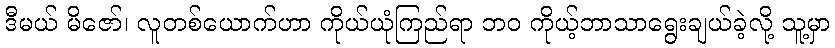
ဒီမယ် မိဇော်၊ လူတစ်ယောက်ဟာ ကိုယ်ယုံကြည်ရာ ဘဝ ကိုယ့်ဘာသာရွေးချယ်ခဲ့လို့ သူ့မှာ